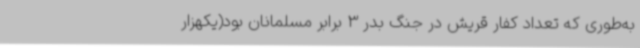
به‌طوری که تعداد کفار قریش در جنگ بدر 3 برابر مسلمانان بود(یکهزار